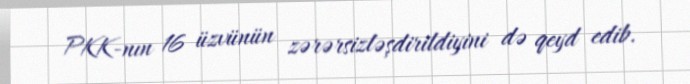
PKK-nın 16 üzvünün zərərsizləşdirildiyini də qeyd edib.